Indian journal of veterinary science and animal husbandry - Volumes 22-23, 1952-1953
Year: 1952
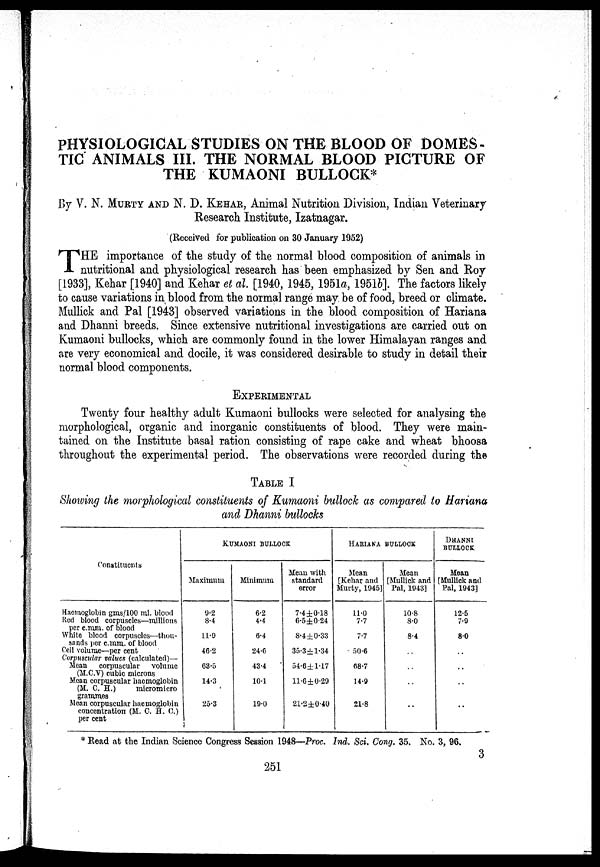
PHYSIOLOGICAL STUDIES ON THE BLOOD OF DOMES-
TIC ANIMALS III. THE NORMAL BLOOD PICTURE OF
THE KUMAONI BULLOCK*
By V. N. MURTY AND N. D. KEHAR, Animal Nutrition Division, Indian Veterinary
Research Institute, Izatnagar.
(Received for publication on 30 January 1952)
T HE importance of the study of the normal blood composition of animals in
nutritional and physiological research has been emphasized by Sen and Roy
[1933], Kehar [1940] and Kehar et al. [1940, 1945, 1951a, 1951b]. The factors likely
to cause variations in blood from the normal range may be of food, breed or climate.
Mullick and Pal [1943] observed variations in the blood composition of Hariana
and Dhanni breeds. Since extensive nutritional investigations are carried out on
Kumaoni bullocks, which are commonly found in the lower Himalayan ranges and
are very economical and docile, it was considered desirable to study in detail their
normal blood components.
EXPERIMENTAL
Twenty four healthy adult Kumaoni bullocks were selected for analysing the
morphological, organic and inorganic constituents of blood. They were main-
tained on the Institute basal ration consisting of rape cake and wheat bhoosa
throughout the experimental period. The observations were recorded during the
TABLE I
Showing the morphological constituents of Kumaoni bullock as compared to Hariana
and Dhanni bullocks
Constituents
Haemoglobin gms/100 ml. blood
Red blood corpuscles—millions
per c.mm. of blood
White blood corpuscles—thou-
sands per c.mm. of blood
Cell volume—per cent
Corpuscular values (calculated)—
Mean corpuscular
volume
(M.C.V) cubic microns
Mean corpuscular haemoglobin
(M. C. H.)
micromicro
grammes
Mean corpuscular haemoglobin
concentration (M. 0. BT. 0.)
per cent
KUMAONI BULLOCK
Maximum
9.2
8.4
1l .9
16.2
63.5
14.3
25.3
Minimum
6.2
4.4
6.4
24.6
43.4
10.1
19.0
Mean with
standard
error
7.4±0.18
6.5±0.24
8.4±0.33
35.3 ±1.34
54.6±1.17
11.6±0.29
21.2±0.40
HARIANA BULLOCK
Mean
[Kehar and
Murty, 1945]
11.0
7.7
7.7
50.6
68.7
14.9
21.8
Mean
[Mullick and
Pal, 1943]
10.8
8.0
8.4
..
..
..
..
DHANNI
BULLOCK
Mean
[Mullick and
Pal, 1943]
12.5
7.9
8.0
..
..
..
..
* Read at the Indian Science Congress Session 1948—Proc. Ind. Sci. Cong. 35. No. 3, 96.
3
251